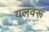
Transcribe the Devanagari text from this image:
यलवरू